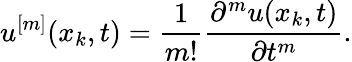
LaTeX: u^{[m]}(x_{k},t)=\frac{1}{m!}\frac{\partial^{m}u(x_{k},t)}{\partial t^{m}}.